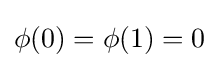
\phi (0)=\phi (1)=0